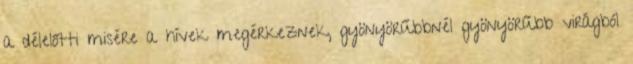
a délelőtti misére a hívek megérkeznek, gyönyörűbbnél gyönyörűbb virágból